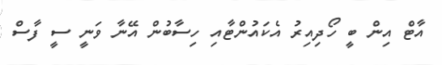
އާޓް އިން ބީ ހޯދިއިރު އެކައުންޓާއި ހިސާބުން އޭނާ ވަނީ ސީ ފާސް